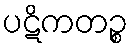
ပဋိကတဉ္စ